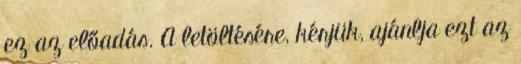
ez az előadás. A letöltésére, kérjük, ajánlja ezt az